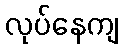
လုပ်နေကျ